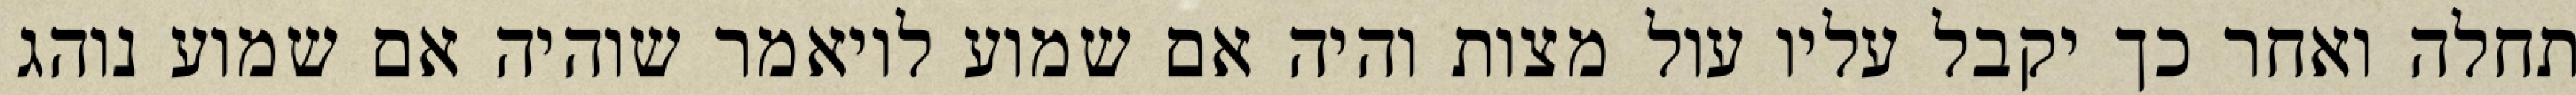
תחלה ואחר כך יקבל עליו עול מצות והיה אם שמוע לויאמר שוהיה אם שמוע נוהג